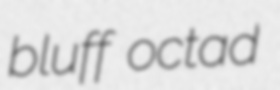
bluff octad